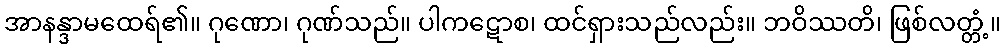
အာနန္ဒာမထေရ်၏။ ဂုဏော၊ ဂုဏ်သည်။ ပါကဋောစ၊ ထင်ရှားသည်လည်း။ ဘဝိဿတိ၊ ဖြစ်လတ္တံ့။